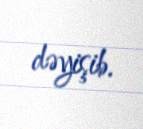
dəyişib.